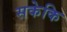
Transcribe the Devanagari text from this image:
सकेकि